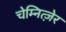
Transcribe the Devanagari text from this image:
चेम्नित्ज़ेर